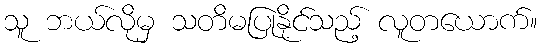
သူ ဘယ်လိုမှ သတိမပြုနိုင်သည့် လူတယောက်။